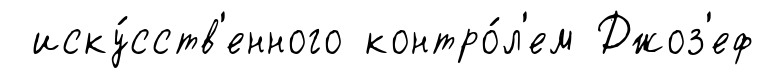
иску́сств'енного контро́л'ем Джоз'еф